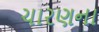
ચારણના